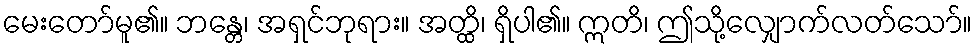
မေးတော်မူ၏။ ဘန္တေ၊ အရှင်ဘုရား။ အတ္ထိ၊ ရှိပါ၏။ ဣတိ၊ ဤသို့လျှောက်လတ်သော်။